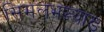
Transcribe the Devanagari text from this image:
सिमलभञ्ज्याङ